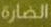
الضارة